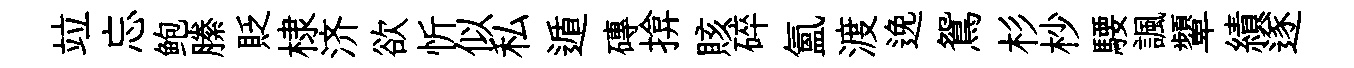
竝忘鲍縢貶棣济欲忻似私遁磚揜賅碎氳渡𨓜鴛杉杪騕諷顰績遂